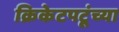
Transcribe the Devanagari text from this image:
क्रिकेटपटूंच्या